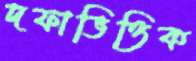
দফাভিত্তিক